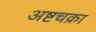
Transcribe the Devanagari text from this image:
अष्टचक्रा